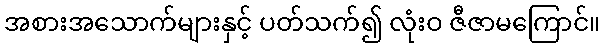
အစားအသောက်များနှင့် ပတ်သက်၍ လုံးဝ ဇီဇာမကြောင်။